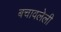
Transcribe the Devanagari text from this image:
बचावलेली